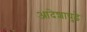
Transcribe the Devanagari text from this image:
आदेशापुढे